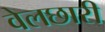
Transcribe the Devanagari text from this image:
वेलछारी